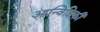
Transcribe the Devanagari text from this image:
आन्विक्षिकी